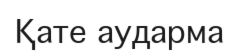
Қате аударма